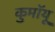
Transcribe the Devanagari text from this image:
कुमॉयू